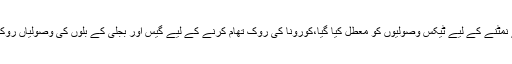
انہوں نے کہاکہ پاکستان نے لاک ڈاؤن کو نرم کیا ہے،کورونا وائرس سے نمٹنے کے لیے ٹیکس وصولیوں کو معطل کیا گیا،کورونا کی روک تھام کرنے کے لیے گیس اور بجلی کے بلوں کی وصولیاں روکی گئیں، پاکستان نے مانیٹری پالیسی کے ذریعے شرح سود میں کمی کی ۔